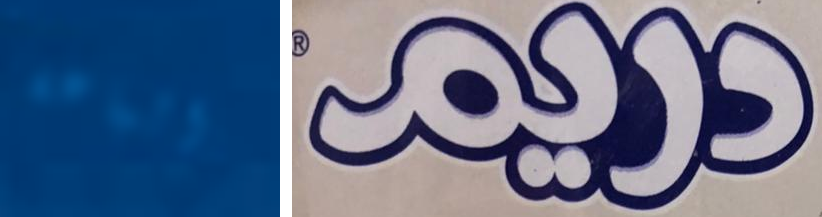
الباعة دريم